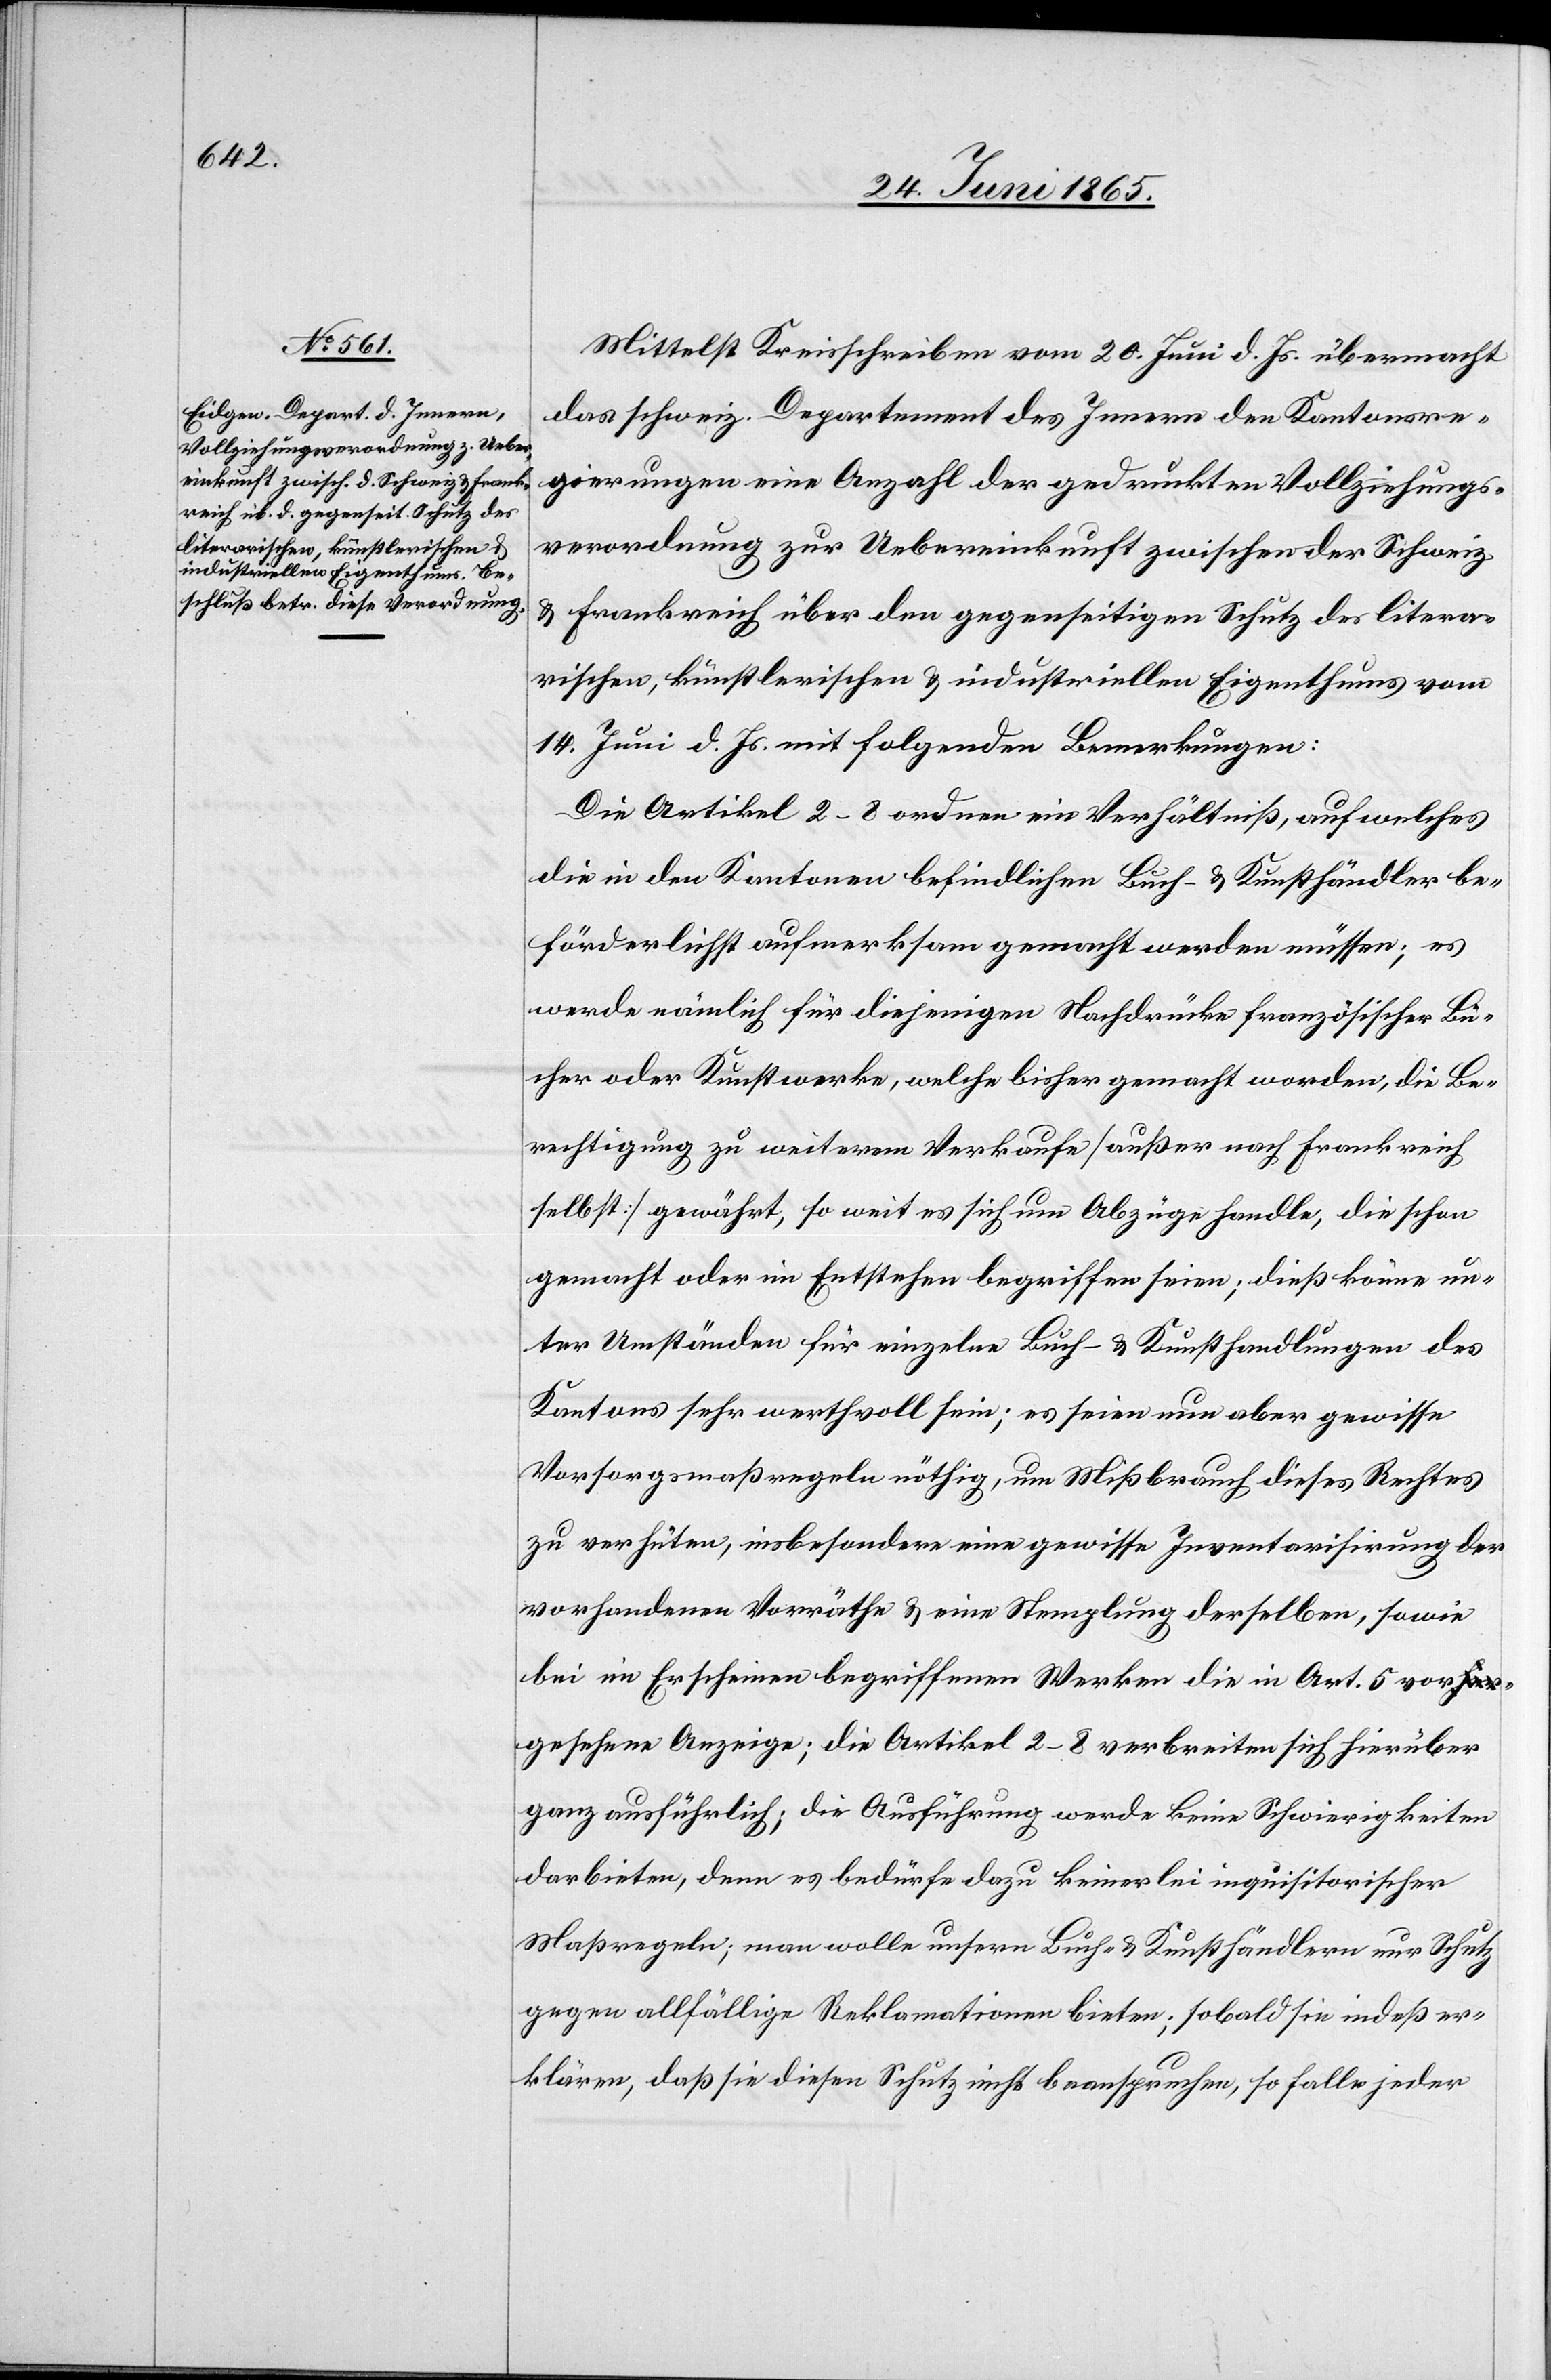
Mittelst Kreisschreiben vom 20. Juni d. Js. übermacht
das schweiz. Departement des Innern den Kantonsre¬
gierungen eine Anzahl der gedruckten Vollziehungs¬
verordnung zur Uebereinkunft zwischen der Schweiz
& Frankreich über den gegenseitigen Schutz des litera¬
rischen, künstlerischen & industriellen Eigenthums vom
14. Juni d. Js. mit folgenden Bemerkungen:
Die Artikel 2–3 ordnen ein Verhältniß, auf welches
die in den Kantonen befindlichen Buch- & Kunsthändler be¬
förderlichst aufmerksam gemacht werden müssen; es
werde nämlich für diejenigen Nachdrücke französischer Bü¬
cher oder Kunstwerke, welche bisher gemacht worden, die Be¬
rechtigung zu weiterem Verkaufe [außer nach Frankreich
selbst] gewährt, so weit es sich um Abzüge handle, die schon
gemacht oder im Entstehen begriffen seien; dieß könne un¬
ter Umständen für einzelne Buch- & Kunsthandlungen des
Kantons sehr werthvoll sein; es seien nun aber gewisse
Vorsorgsmaßregeln nöthig, um Mißbrauch dieses Rechtes
zu verhüten, insbesondere eine gewisse Inventarisirung der
vorhandenen Vorräthe & eine Stemplung derselben, sowie
bei im Erscheinen begriffenen Werken die in Art. 5 vor¬
gesehene Anzeige; die Ausführung werde keine Schwierigkeiten
darbieten, denn es bedürfe dazu keinerlei inquisitorischer
Maßregeln; man wolle unsern Buch- & Kunsthändlern nur Schutz
gegen allfällige Reklamationen bieten; sobald sie indeß er¬
klären, daß sie diesen Schutz nicht beanspruchen, so falle jeder